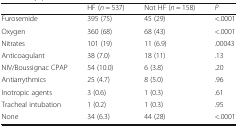
<table><thead><tr><td></td><td><b>HF (<i>n</i> = 537)</b></td><td><b>Not HF (<i>n</i> = 158)</b></td><td><b><i>P</i></b></td></tr></thead><tbody><tr><td>Furosemide</td><td>395 (75)</td><td>45 (29)</td><td>&lt;.0001</td></tr><tr><td>Oxygen</td><td>360 (68)</td><td>68 (43)</td><td>&lt;.0001</td></tr><tr><td>Nitrates</td><td>101 (19)</td><td>11 (6.9)</td><td>.00043</td></tr><tr><td>Anticoagulant</td><td>38 (7.0)</td><td>18 (11)</td><td>.13</td></tr><tr><td>NIV/Boussignac CPAP</td><td>54 (10.0)</td><td>6 (3.8)</td><td>.20</td></tr><tr><td>Antiarrythmics</td><td>25 (4.7)</td><td>8 (5.0)</td><td>.96</td></tr><tr><td>Inotropic agents</td><td>3 (0.6)</td><td>1 (0.3)</td><td>.61</td></tr><tr><td>Tracheal intubation</td><td>1 (0.2)</td><td>1 (0.3)</td><td>.95</td></tr><tr><td>None</td><td>34 (6.3)</td><td>44 (28)</td><td>&lt;.0001</td></tr></tbody></table>